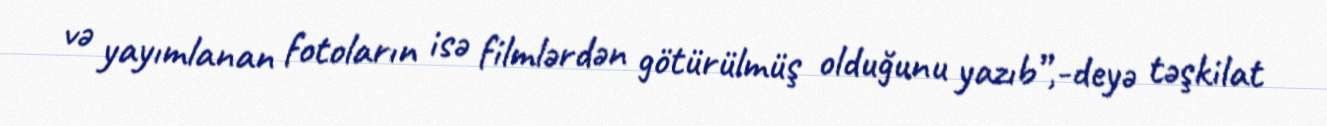
və yayımlanan fotoların isə filmlərdən götürülmüş olduğunu yazıb”,-deyə təşkilat